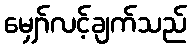
မျှော်လင့်ချက်သည်